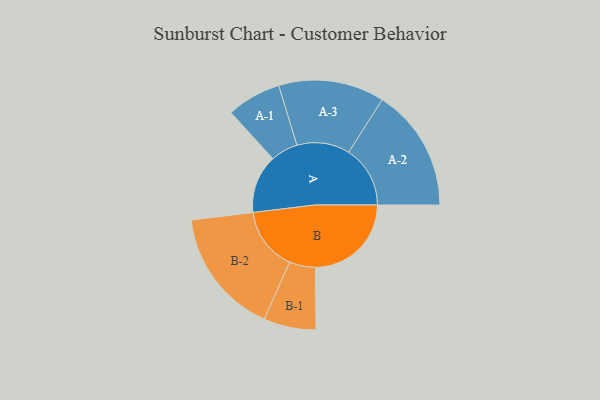
{"axis": {"x": "Segment", "y": "Value"}, "legend": ["", "A", "B"], "data": [{"x": "A", "y": 264, "type": ""}, {"x": "B", "y": 433, "type": ""}, {"x": "A-1", "y": 123, "type": "A"}, {"x": "A-2", "y": 278, "type": "A"}, {"x": "A-3", "y": 239, "type": "A"}, {"x": "B-1", "y": 118, "type": "B"}, {"x": "B-2", "y": 286, "type": "B"}]}